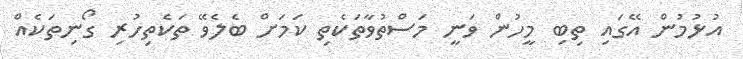
އުޅުމުން އޭގައި ތިބި މީހުން ވަނީ މަސްތުވާތަކެތި ކަމަށް ބެލެވޭ ތަކެތިހުރި ގޯނިތަކެއް